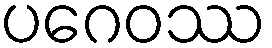
ပဂေဝဿ